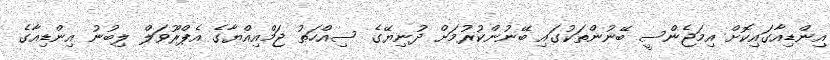
އިންޑިއާގައިކޮށް އިމަޖެންސީ ބޭނުންތަކުގައި ބޭނުންކުރުމަށް ދުނިޔޭގެ ސިއްހަތު ޖަމްއިއްޔާގެ އެޕްރޫވަލް ލިބުނު އިންޑިއާގެ